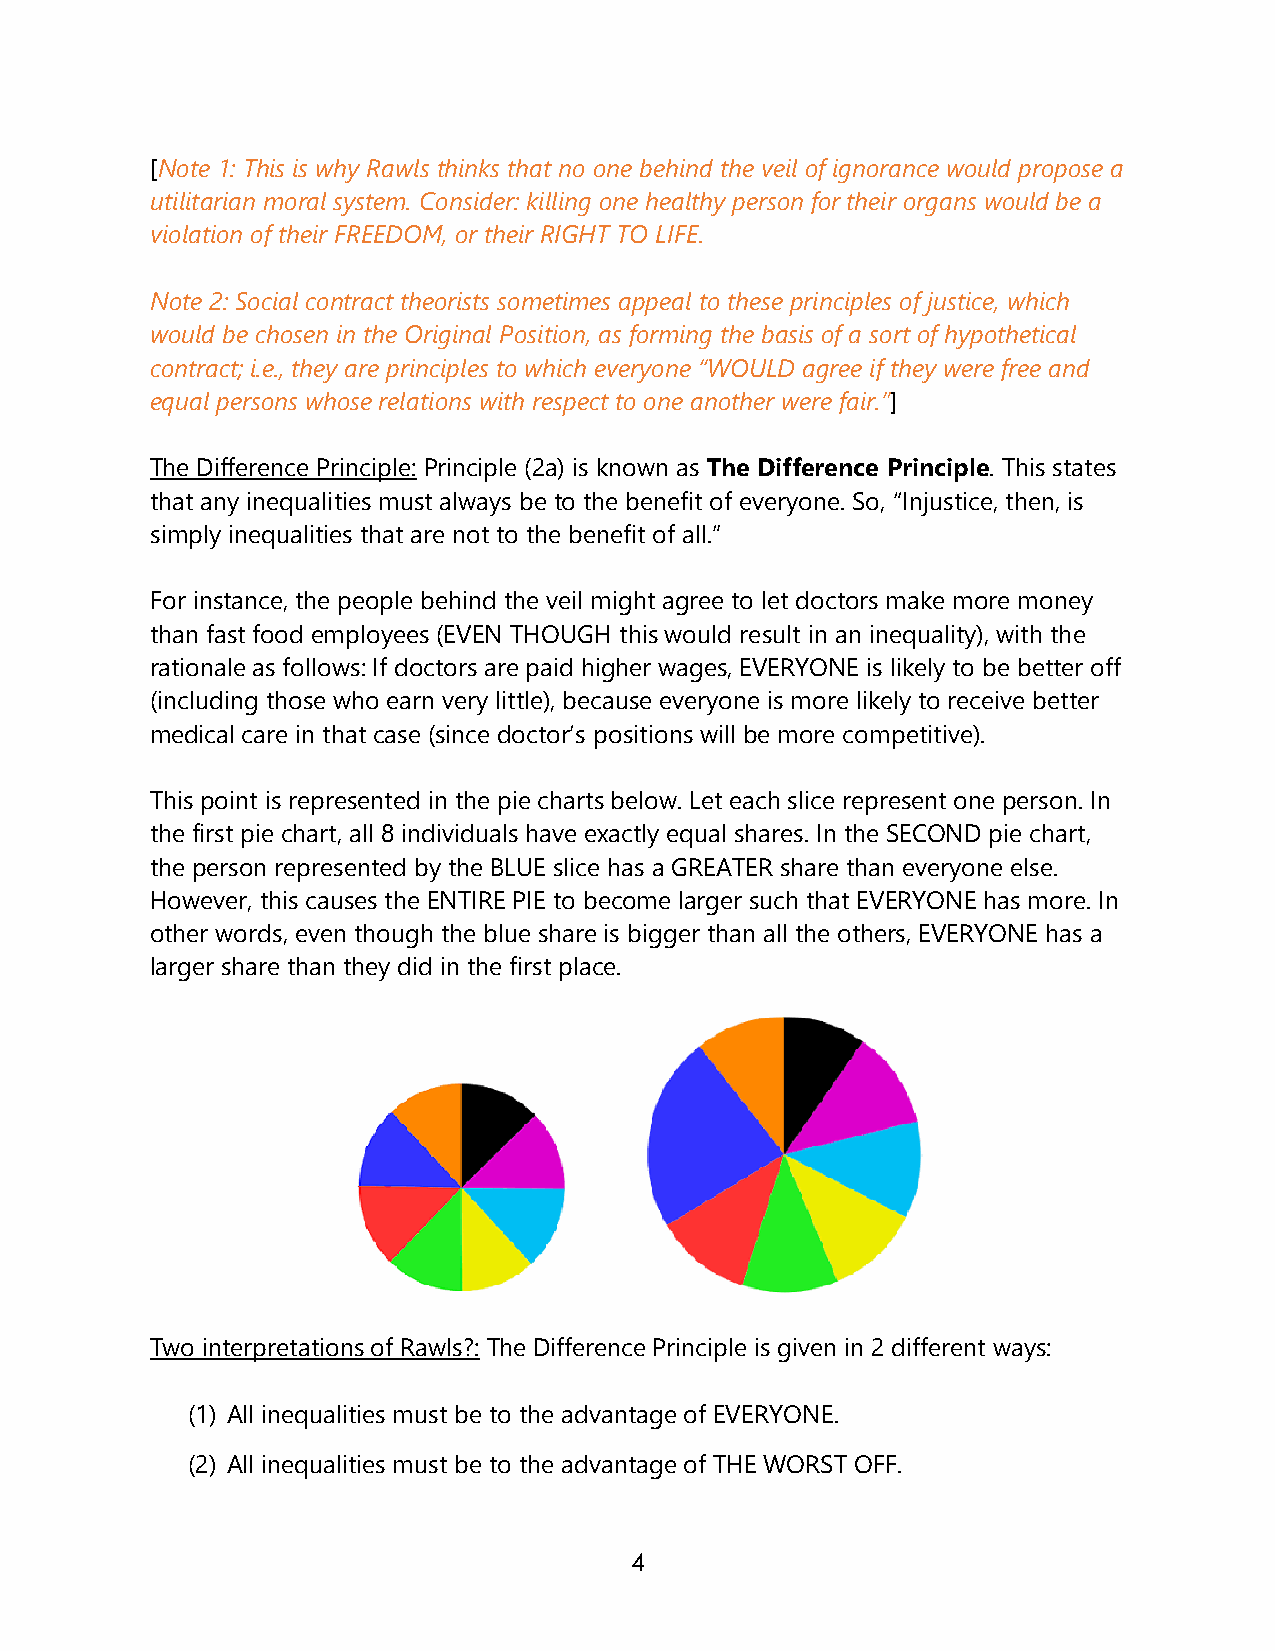
[Note 1: This is why Rawls thinks that no one behind the veil of ignorance would propose a
 utilitarian moral system. Consider: killing one healthy person for their organs would be a
 violation of their FREEDOM, or their RIGHT TO LIFE.
 Note 2: Social contract theorists sometimes appeal to these principles of justice, which
 would be chosen in the Original Position, as forming the basis of a sort of hypothetical
 contract; i.e., they are principles to which everyone “WOULD agree if they were free and
 equal persons whose relations with respect to one another were fair.”]
 The Difference Principle: Principle (2a) is known as The Difference Principle. This states
 that any inequalities must always be to the benefit of everyone. So, “Injustice, then, is
 simply inequalities that are not to the benefit of all.”
 For instance, the people behind the veil might agree to let doctors make more money
 than fast food employees (EVEN THOUGH this would result in an inequality), with the
 rationale as follows: If doctors are paid higher wages, EVERYONE is likely to be better off
 (including those who earn very little), because everyone is more likely to receive better
 medical care in that case (since doctor’s positions will be more competitive).
 This point is represented in the pie charts below. Let each slice represent one person. In
 the first pie chart, all 8 individuals have exactly equal shares. In the SECOND pie chart,
 the person represented by the BLUE slice has a GREATER share than everyone else.
 However, this causes the ENTIRE PIE to become larger such that EVERYONE has more. In
 other words, even though the blue share is bigger than all the others, EVERYONE has a
 larger share than they did in the first place.
 Two interpretations of Rawls?: The Difference Principle is given in 2 different ways:
 (1) All inequalities must be to the advantage of EVERYONE.
 (2) All inequalities must be to the advantage of THE WORST OFF.
 4